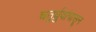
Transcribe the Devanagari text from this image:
चतुर्ध्रुवांपासून